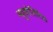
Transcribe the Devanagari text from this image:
म्यूकोलिटिक